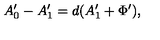
A _ { 0 } ^ { \prime } - A _ { 1 } ^ { \prime } = d ( A _ { 1 } ^ { \prime } + \Phi ^ { \prime } ) ,